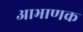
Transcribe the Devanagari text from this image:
आभाणक